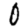
Digit: 0